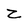
Character: Z